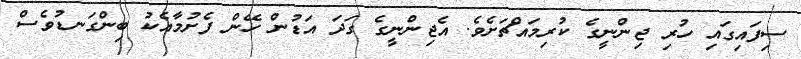
ސިފައިގައި ހުރި ޖިންނީގެ ކުރިމައްޗަށެވެ. އެޖިންނީގެ ގަދަ އަޑުން ހޭން ފެށުމާއެކު ބިންގަނޑުވެސް